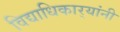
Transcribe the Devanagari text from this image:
विद्याधिकार्‍यांनी